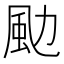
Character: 𩖙